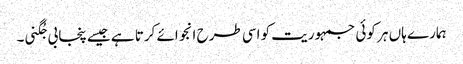
ہمارے ہاں ہر کوئی جمہوریت کو اسی طرح انجوائے کرتا ہے جیسے پنجابی جُگنی۔